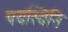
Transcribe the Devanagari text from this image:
पयस्विनि